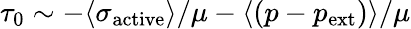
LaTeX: \tau_{0}\sim-\langle\sigma_{\mathrm{active}}\rangle/\mu-\langle(p-p_{\mathrm{ext}})\rangle/\mu